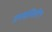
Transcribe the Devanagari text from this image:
उपसमिती९